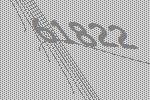
61822